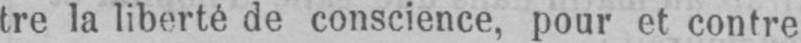
tre la liberté de conscience, pour et contre